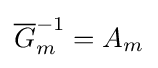
{\overline {G}}_{m}^{-1}=A_{m}